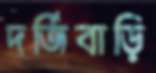
দর্জিবাড়ি